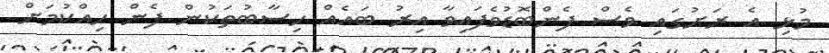
މުޅި އެ ރަށުގައި ވެސް ފެންބޮޑުވެފައިވާ އިރު ބައެއް ހިސާބުތަކުން ފެން ހިއްކުމަށް